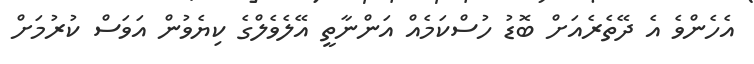
އެހެންވެ އެ ދޭތެރެއަށް ބޮޑު ހުސްކަމެއް އަންނާތީ އޭލެވެލްގެ ކިޔެވުން އަވަސް ކުރުމަށް